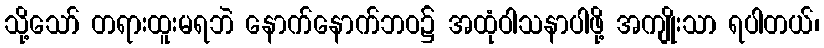
သို့သော် တရားထူးမရဘဲ နောက်နောက်ဘဝ၌ အထုံဝါသနာပါဖို့ အကျိုးသာ ရပါတယ်၊